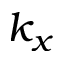
k _ { x }